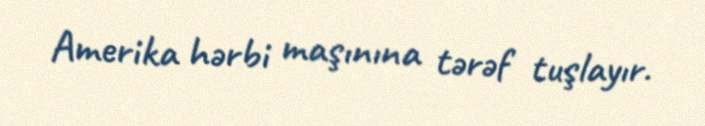
Amerika hərbi maşınına tərəf tuşlayır.